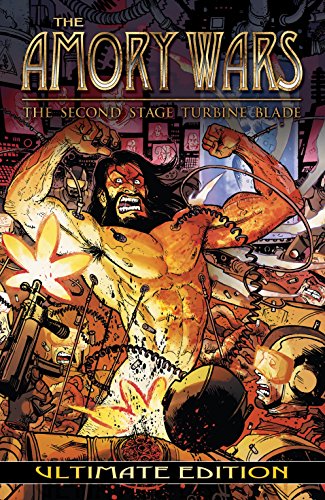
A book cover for The Amory Wars: The Second Stage Turbine Blade Ultimate Edition; Claudio Sanchez; Comics & Graphic Novels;